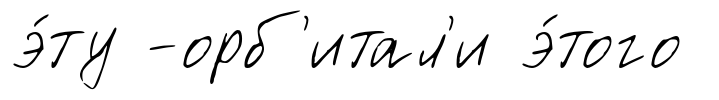
э́ту -орб'итал'и э́того